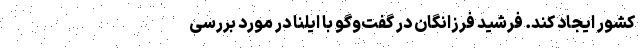
کشور ایجاد کند. فرشید فرزانگان در گفت‌وگو با ایلنا در مورد بررسی